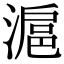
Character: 滬